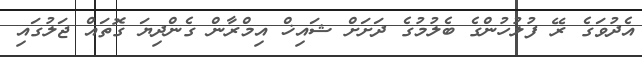
އެދުވަގެ ރޭ ފުލުހުންގެ ބެލުމުގެ ދަށަށް ޝައިޚް އިމްރާން ގެންދިޔަ ގޮތައް ޖަލުގައި